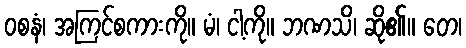
ဝစနံ၊ အကြင်စကားကို။ မံ၊ ငါ့ကို။ ဘဏသိ၊ ဆို၏။ တေ၊